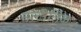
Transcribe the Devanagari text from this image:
मल्टीलिंक